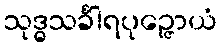
သုဒ္ဓသင်္ခါရပုဉ္ဇောယံ